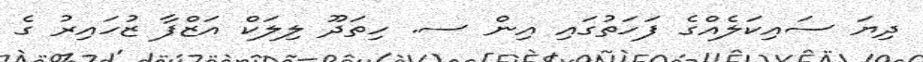
ދިޔަ ސައިކަލެއްގެ ފަހަތުގައި އިން ސ. ހިތަދޫ ލިލަކް އަޒްފާ ޒުހައިރު ގެ